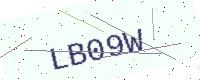
Text: LB09W